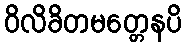
ဝိလိခိတမတ္တေနပိ